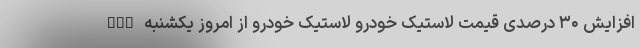
nan افزایش ۳۰ درصدی قیمت لاستیک خودرو لاستیک خودرو از امروز یکشنبه